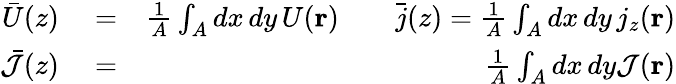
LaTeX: \begin{array}{rlr}{\bar{U}(z)}&{{}=}&{\frac{1}{A}\int_{A}dx\, dy\, U({\mathbf r})\qquad\bar{j}(z)=\frac{1}{A}\int_{A}dx\, dy\, j_{z}({\mathbf r})}\\ {\bar{\cal J}(z)}&{{}=}&{\frac{1}{A}\int_{A}dx\, dy{\cal J}({\mathbf r})}\end{array}